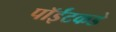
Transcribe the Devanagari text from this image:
पॉईंटकडे